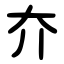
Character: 夰